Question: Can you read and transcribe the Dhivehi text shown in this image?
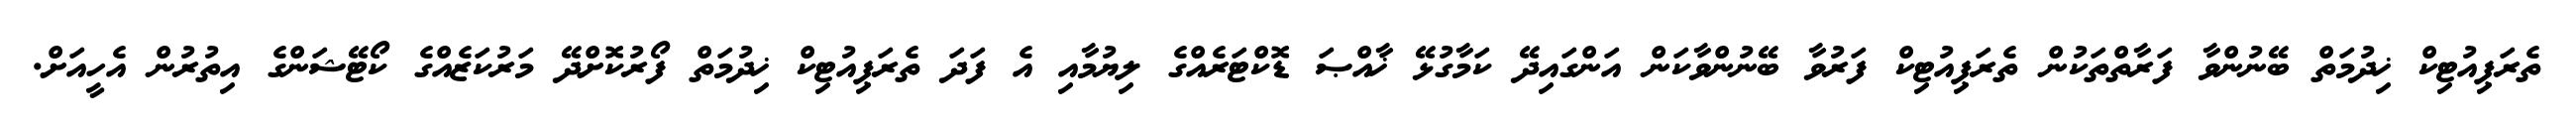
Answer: ތެރަޕިއުޓިކް ޚިދުމަތް ބޭނުންވާ ފަރާތްތަކުން ތެރަޕިއުޓިކް ފަރުވާ ބޭނުންވާކަން އަންގައިދޭ ކަމާގުޅޭ ޚާއްޞަ ޑޮކްޓަރެއްގެ ލިޔުމާއި އެ ފަދަ ތެރަޕިއުޓިކް ޚިދުމަތް ފޯރުކޮށްދޭ މަރުކަޒެއްގެ ކޯޓޭޝަންގެ އިތުރުން އެހީއަށް.